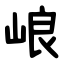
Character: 㟍